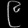
Digit: ၉